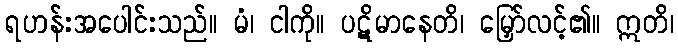
ရဟန်းအပေါင်းသည်။ မံ၊ ငါကို။ ပဋိမာနေတိ၊ မြှော်လင့်၏။ ဣတိ၊